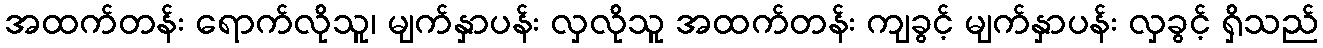
အထက်တန်း ရောက်လိုသူ၊ မျက်နှာပန်း လှလိုသူ အထက်တန်း ကျခွင့် မျက်နှာပန်း လှခွင့် ရှိသည်